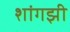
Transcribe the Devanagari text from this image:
शांगझी